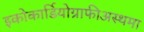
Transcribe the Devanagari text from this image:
इकोकार्डियोग्राफीअस्थमा